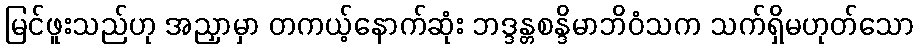
မြင်ဖူးသည်ဟု အညှာမှာ တကယ့်နောက်ဆုံး ဘဒ္ဒန္တစန္ဒိမာဘိဝံသက သက်ရှိမဟုတ်သော